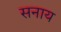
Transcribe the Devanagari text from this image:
सनाय